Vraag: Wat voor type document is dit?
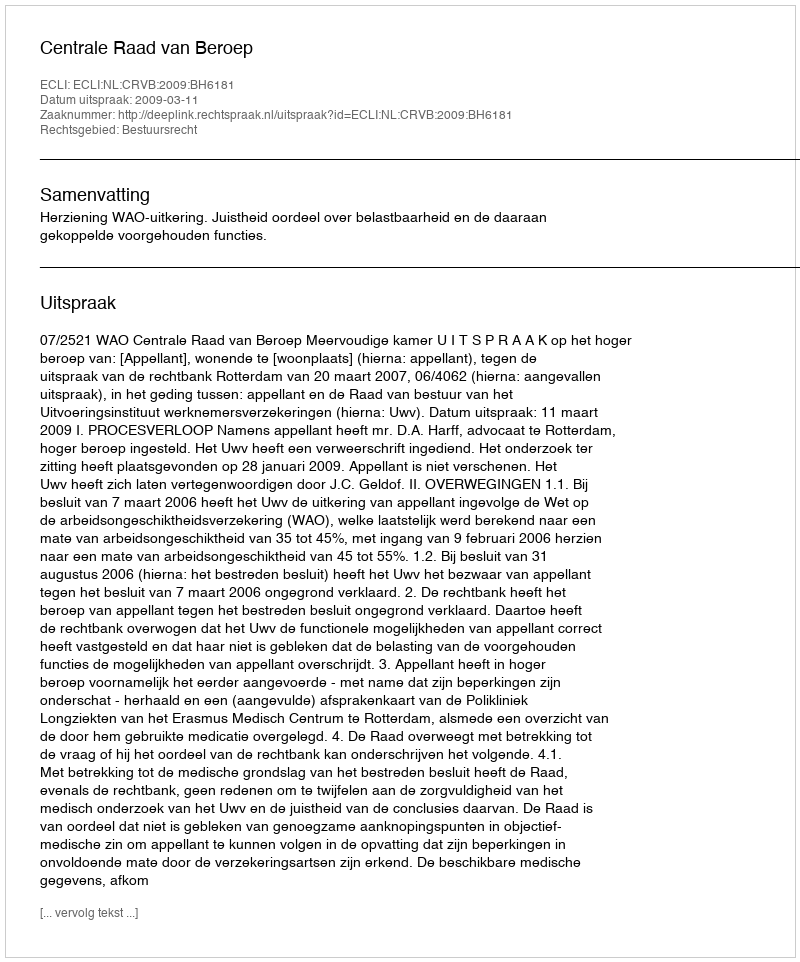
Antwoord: Uitspraak